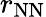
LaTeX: r_{\mathrm{NN}}